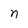
Character: n